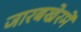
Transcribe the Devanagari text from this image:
जारबखेरमें